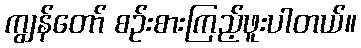
ကျွန်တော် စဉ်းစားကြည့်ဖူးပါတယ်။